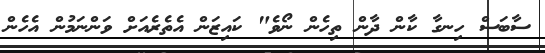
ސާބަސް ހިނގާ ކާން ދާން ތިހެން ނޯވެ" ކައިޒަން އެތެރެއަށް ވަންނަމުން އެހެން